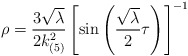
\begin{align*}\rho=\frac{3\sqrt{\lambda}}{2k_{(5)}^2}\left[\sin\left(\frac{\sqrt{\lambda}}{2}\tau\right)\right]^{-1}\end{align*}